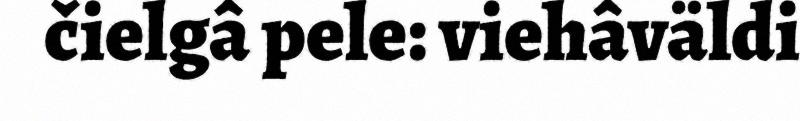
čielgâ pele: viehâväldi